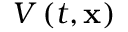
V \left( t , \mathbf { x } \right)